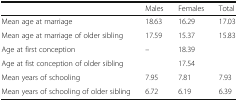
<table><thead><tr><td></td><td><b>Males</b></td><td><b>Females</b></td><td><b>Total</b></td></tr></thead><tbody><tr><td>Mean age at marriage</td><td>18.63</td><td>16.29</td><td>17.03</td></tr><tr><td>Mean age at marriage of older sibling</td><td>17.59</td><td>15.37</td><td>15.83</td></tr><tr><td>Age at first conception</td><td>–</td><td>18.39</td><td></td></tr><tr><td>Age at fist conception of older sibling</td><td></td><td>17.54</td><td></td></tr><tr><td>Mean years of schooling</td><td>7.95</td><td>7.81</td><td>7.93</td></tr><tr><td>Mean years of schooling of older sibling</td><td>6.72</td><td>6.19</td><td>6.39</td></tr></tbody></table>